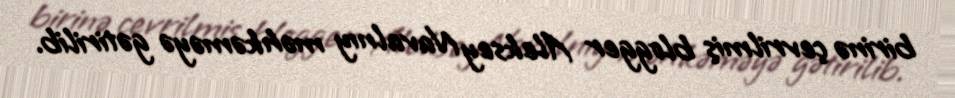
birinə çevrilmiş blogger Aleksey Navalnıy məhkəməyə gətirilib.